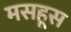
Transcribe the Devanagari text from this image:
मसहूस